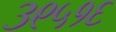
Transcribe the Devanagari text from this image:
३९५१६